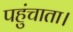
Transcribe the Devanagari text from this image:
पहुंचाता।